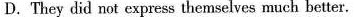
D.They did not express themselves much better.